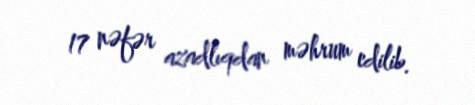
17 nəfər azadlıqdan məhrum edilib.